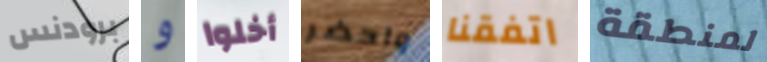
برودنس و أخلوا واحضر اتفقنا لمنطقة